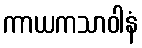
ကာယကသာဝါနံ